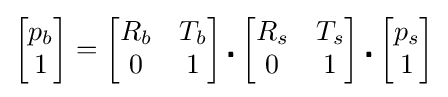
{\begin{bmatrix}p_{b}\\1\end{bmatrix}}={\begin{bmatrix}R_{b}&T_{b}\\0&1\end{bmatrix}}\centerdot {\begin{bmatrix}R_{s}&T_{s}\\0&1\end{bmatrix}}\centerdot {\begin{bmatrix}p_{s}\\1\end{bmatrix}}